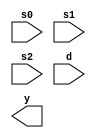
module mux_8(s0,s1,s2,d,y);
input s0,s1,s2;
input [7:0]d;
output y;



endmodule